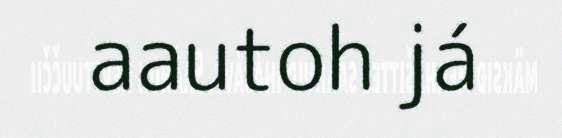
aautoh já